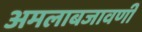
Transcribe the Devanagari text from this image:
अमलाबजावणी